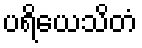
ပရိယေသိတံ